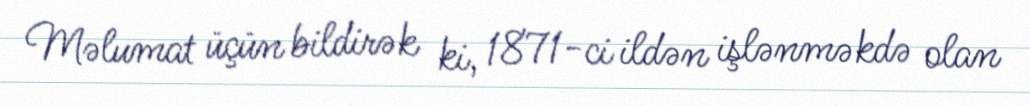
Məlumat üçün bildirək ki, 1871-ci ildən işlənməkdə olan